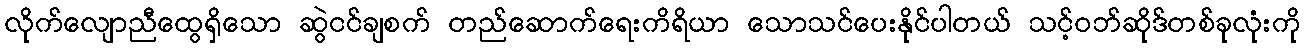
လိုက်လျောညီထွေရှိသော ဆွဲငင်ချစက် တည်ဆောက်ရေးကိရိယာ သောသင်ပေးနိုင်ပါတယ် သင့်ဝဘ်ဆိုဒ်တစ်ခုလုံးကို